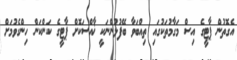
އެގޮތުން ޕާޓީގެ އިސް މަގާމުތަކުގައި ތިއްބަވާ ބޭފުޅުންނަކީ ޚާއްސަކޮށް ޕާޓީގެ ކަންކަން ހިންގެވުމަށް